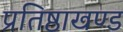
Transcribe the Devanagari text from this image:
प्रतिष्ठाखण्ड